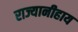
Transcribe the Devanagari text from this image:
राज्यानीहाय